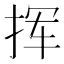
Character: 挥